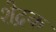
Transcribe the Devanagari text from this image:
शेद्रक